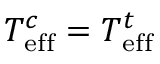
T _ { \mathrm { e f f } } ^ { c } = T _ { \mathrm { e f f } } ^ { t }